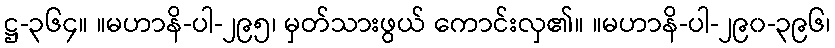
ဋ္ဌ-၃၆၄။ ။မဟာနိ-ပါ-၂၉၅၊ မှတ်သားဖွယ် ကောင်းလှ၏။ ။မဟာနိ-ပါ-၂၉၀-၃၉၆၊